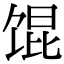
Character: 馄